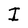
Character: I